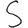
Digit: 5